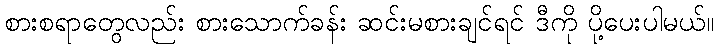
စားစရာတွေလည်း စားသောက်ခန်း ဆင်းမစားချင်ရင် ဒီကို ပို့ပေးပါမယ်။